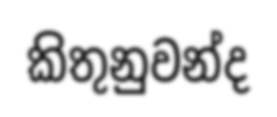
කිතුනුවන්ද